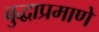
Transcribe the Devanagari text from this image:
बुद्धाप्रमाणे